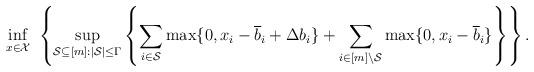
LaTeX: \begin{align*}\inf_{x \in \mathcal{X}} & \ \left\{ \sup_{\mathcal{S} \subseteq [m]: |\mathcal{S}| \leq \Gamma} \left\{ \sum_{i \in \mathcal{S}} \max\{0,x_i - \overline{b}_i + \Delta b_i\} + \sum_{i \in [m] \setminus \mathcal{S}} \max\{0, x_i - \overline{b}_i\} \right\} \right\}. \end{align*}